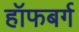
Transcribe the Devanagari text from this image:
हॉफबर्ग